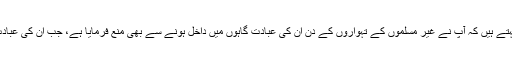
اسی طرح امام ابن تیمیہ رحمہ اللہ سیدنا عمر بن خطاب رضی اللہ عنہ کا فرمان نقل کرتے ہوئے کہتے ہیں کہ آپ نے غیر مسلموں کے تہواروں کے دن ان کی عبادت گاہوں میں داخل ہونے سے بھی منع فرمایا ہے، جب ان کی عبادت گاہوں میں جانے سے منع کیا گیا ہے تو ان کے بعض کاموں کو(اختیار)کرنے کا کیا حال ہو گا؟